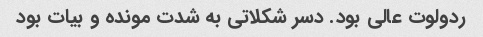
ردولوت عالی بود. دسر شکلاتی به شدت مونده و بیات بود